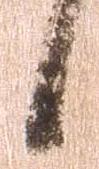
日